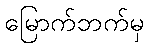
မြောက်ဘက်မှ